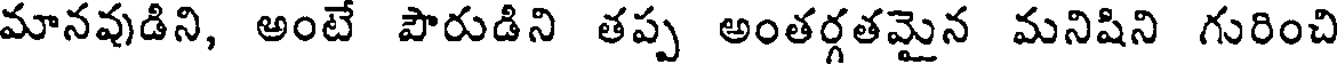
మానవుడిని, అంటే పౌరుడిని తప్ప అంతర్గతమైన మనిషిని గురించి